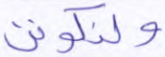
ولنكونن